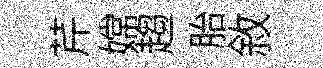
芹嫦趨胎敘